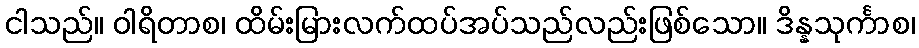
ငါသည်။ ဝါရိတာစ၊ ထိမ်းမြားလက်ထပ်အပ်သည်လည်းဖြစ်သော။ ဒိန္နသုင်္ကာစ၊